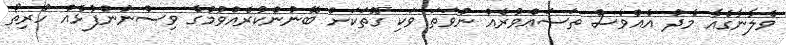
ވެލާނާގެއާ މެދު އެއްވެސް ތަސައްވުރެއް ނުވަތަ ވަކި ގޮތަކަށް ބޭނުންކުރެއްވުމުގެ ވިސްނުންފުޅެއް ހުރިތޯ